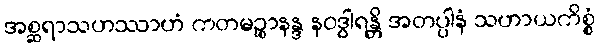
အစ္ဆရာသဟဿာဟံ ကတမဉ္စာနန္ဒ နဝဒွါရန္တိ အတပ္ပါနံ သဟာယကိစ္စံ